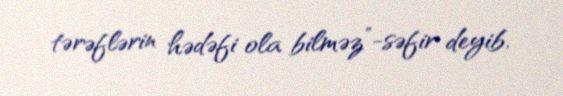
tərəflərin hədəfi ola bilməz”-səfir deyib.